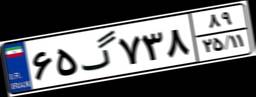
۶۵گ۷۳۸۸۹